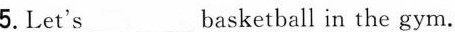
5.Let's___basketball in the gym.